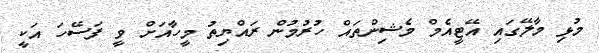
މުޅި މާލޭގައި އޭޓީއެމް މެޝިންތައް ހުރުމުން ރައްޔިތު މީހާއަށް ވީ ފަސޭހަ އަކީ